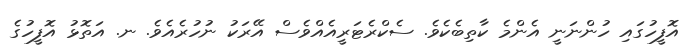
އޮފީހުގައި ހުންނަނީ އެންމެ ކާތިބެކެވެ. ސެކްރެޓަރީއެއްވެސް އޭރަކު ނުހުރެއެވެ. ނ. އަތޮޅު އޮފީހުގެ